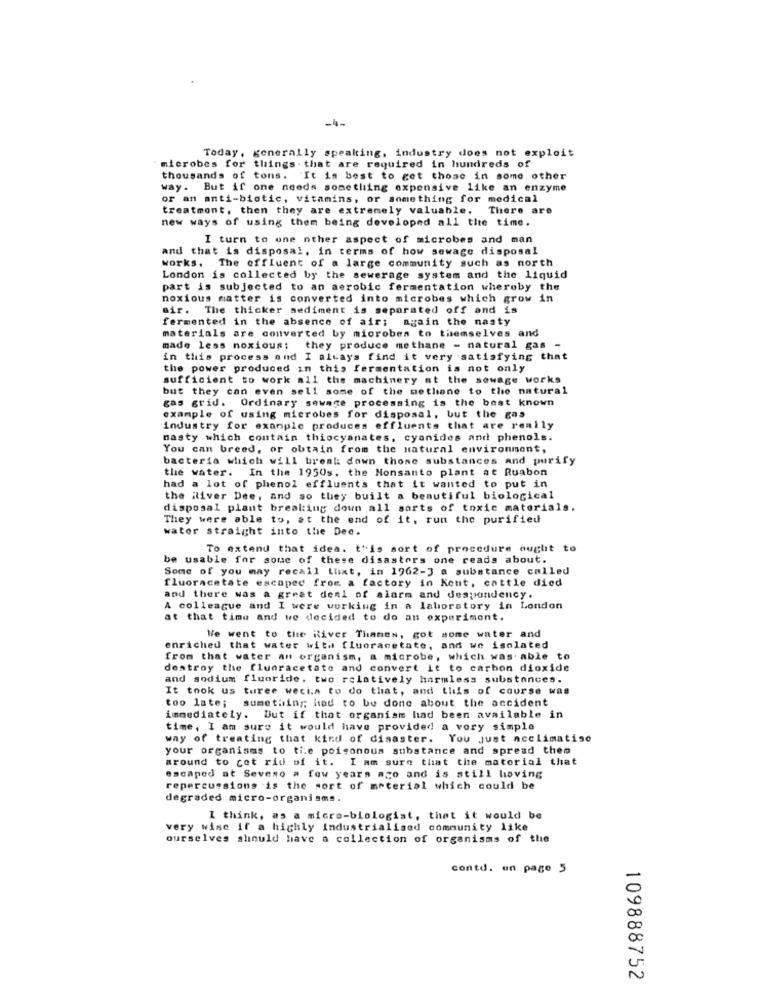
-4-
Today, generally speaking, industry does not exploit
microbes for things that are required in hundreds of
thousands of tons. It is best to get those in some other
way. But if one needs something expensive like an enzyme
or an anti-biotic, vitamins, or something for medical
treatment, then they are extremely valuable. There are
new ways of using them being developed all the time.
I turn to one other aspect of microbes and man
and that is disposal, in terms of how sewage disposal
works. The offluent of a large community such as north
London is collected by the sewerage system and the liquid
part is subjected to an aerobic fermentation whereby the
noxious matter is converted into microbes which grow in
air. The thicker sediment is separated off and is
fermented in the absence of air; again the nasty
materials are converted by microbes to themselves and
made less noxious; they produce methane - natural gas -
in this process and I always find it very satisfying that
the power produced in this fermentation is not only
sufficient to work all the machinery at the sewage works
but they can even sell some of the methane to the natural
gas grid. Ordinary sewage processing is the best known
example of using microbes for disposal, but the gas
industry for example produces effluents that are really
nasty which contain thiocyanates, cyanides and phenols.
You can breed, or obtain from the natural environment,
bacteria which will break down those substances and purify
the water. In the 1950s. the Monsanto plant at Ruabon
had a lot of phenol effluents that it wanted to put in
the River Dee, and so they built a beautiful biological
disposal plant breaking down all sorts of toxic materials.
They were able to, at the end of it, run the purified
water straight into the Dee.
To extend that idea. this sort of procedure ought to
be usable for some of these disasters one reads about.
Some of you may recall that, in 1962-3 a substance called
fluoracetate escaped from a factory in Kent, cattle died
and there was a great deal of alara and despondency.
A colleague and I were working in a laboratory in London
at that time and we decided to do an experiment.
We went to the River Thames, got some water and
enriched that water with fluoracetate, and we isolated
from that water an organism, a microbe, which was able to
destroy the flunracetate and convert it to carbon dioxide
and sodium fluoride, two relatively harmless substances.
It took us turee wecia to do that, and this of course was
too late; something; had to be done about the accident
immediately. But if that organism had been available in
time, I am sure it would have provided a very simple
way of treating that kind of disaster. You Just acclimatise
your organisms to tie poisonous substance and spread them
around to get rid of it. I am sure that the material that
escaped at Seveso a few years ago and is still living
repercussions is the sort of material which could be
degraded micro-organisms.
I think, as a micro-biologist, thet it would be
very wise if a highly industrialised community like
ourselves should have a collection of organisms of the
contd. on page 5
109888752